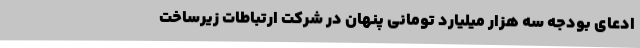
ادعای بودجه سه هزار میلیارد تومانی پنهان در شرکت ارتباطات زیرساخت